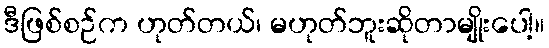
ဒီဖြစ်စဉ်က ဟုတ်တယ်၊ မဟုတ်ဘူးဆိုတာမျိုးပေါ့။